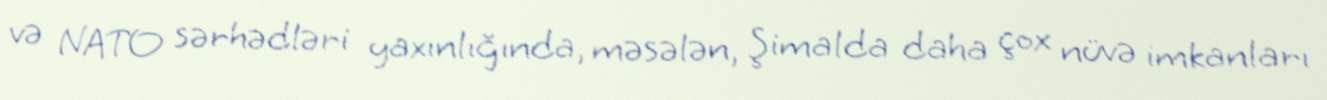
və NATO sərhədləri yaxınlığında, məsələn, Şimalda daha çox nüvə imkanları